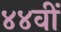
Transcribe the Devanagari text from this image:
४४वीं